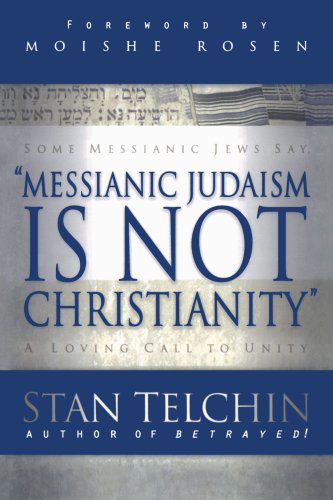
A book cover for Messianic Judaism is Not Christianity: A Loving Call to Unity; Stan Telchin; Christian Books & Bibles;